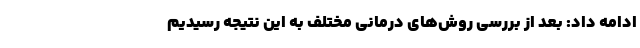
ادامه داد: بعد از بررسی‌ روش‌‌های درمانی مختلف به این نتیجه رسیدیم